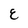
Character: E